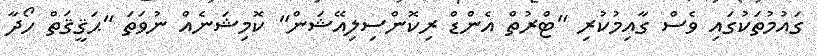
ގައުމުތަކުގައި ވެސް ގާއިމުކުރި "ޓްރުތް އެންޑް ރިކޮންސިލިއޭޝަން" ކޮމިޝަނެއް ނުވަތަ "ޙަޤީޤަތް ހޯދާ